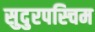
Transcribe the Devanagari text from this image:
सुदुरपस्चिम